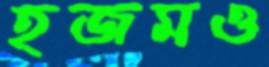
হজমও